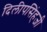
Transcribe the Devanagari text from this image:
दिलीपसिंहजी